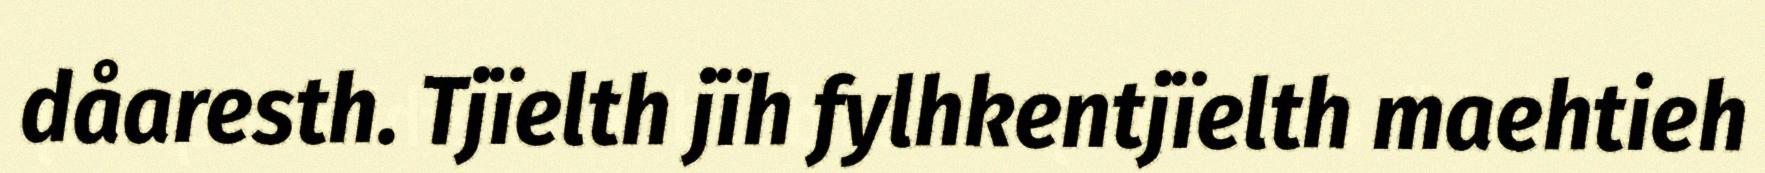
dåaresth. Tjïelth jïh fylhkentjïelth maehtieh